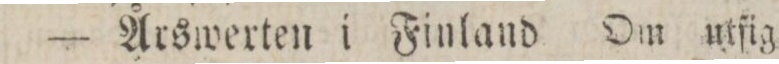
— Årswerten i Finland Om utfig=